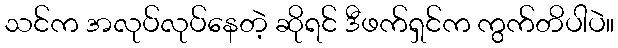
သင်က အလုပ်လုပ်နေတဲ့ ဆိုရင် ဒီဖက်ရှင်က ကွက်တိပါပဲ။